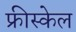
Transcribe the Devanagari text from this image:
फ्रीस्केल